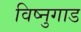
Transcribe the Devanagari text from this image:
विष्नुगाड